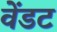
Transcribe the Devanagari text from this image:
वेंडट